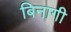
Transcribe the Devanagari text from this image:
बिनागी